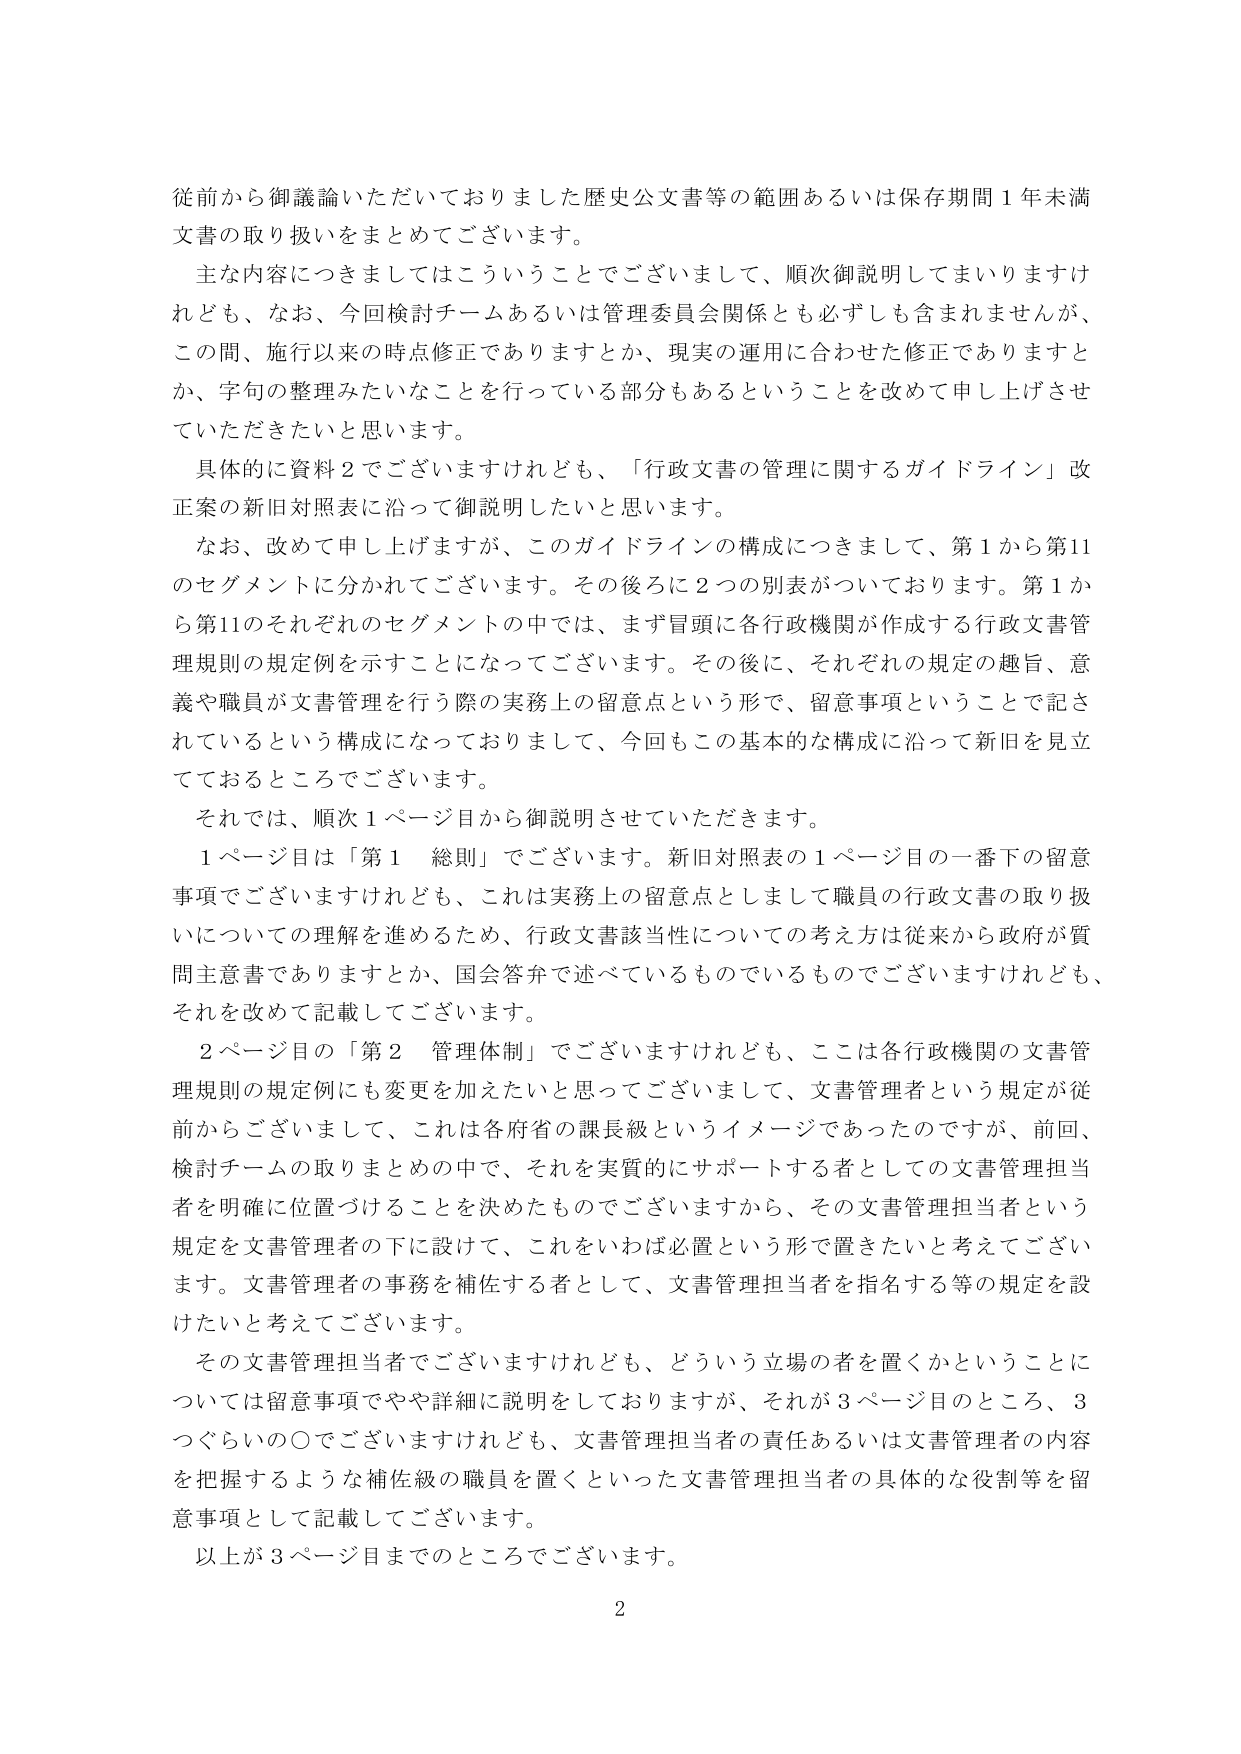
従前から御議論いただいておりました歴史公文書等の範囲あるいは保存期間１年未満文書の取り扱いをまとめてございます。

主な内容につきましてはこういうことでございまして、順次御説明してまいりますけれども、なお、今回検討チームあるいは管理委員会関係とも必ずしも含まれませんが、この間、施行以来の時点修正でありますとか、現実の運用に合わせた修正でありますとか、字句の整理みたいなことを行っている部分もあるということを改めて申し上げさせていただきたいと思います。

具体的に資料２でございますけれども、「行政文書の管理に関するガイドライン」改正案の新旧対照表に沿って御説明したいと思います。

なお、改めて申し上げますが、このガイドラインの構成につきまして、第１から第11のセグメントに分かれてございます。その後ろに２つの別表がついております。第１から第11のそれぞれのセグメントの中では、まず冒頭に各行政機関が作成する行政文書管理規則の規定例を示すことになってございます。その後に、それぞれの規定の趣旨、意義や職員が文書管理を行う際の実務上の留意点という形で、留意事項ということで記されているという構成になっておりまして、今回もこの基本的な構成に沿って新旧を見立てておるところでございます。

それでは、順次１ページ目から御説明させていただきます。

１ページ目は「第１ 総則」でございます。新旧対照表の１ページ目の一番下の留意事項でございますけれども、これは実務上の留意点としまして職員の行政文書の取り扱いについての理解を進めるため、行政文書該当性についての考え方は従来から政府が質問主意書でありますとか、国会答弁で述べているものでいるものでございますけれども、それを改めて記載してございます。

２ページ目の「第２ 管理体制」でございますけれども、ここは各行政機関の文書管理規則の規定例にも変更を加えたいと思ってございまして、文書管理者という規定が従前からございまして、これは各府省の課長級というイメージであったのですが、前回、検討チームの取りまとめの中で、それを実質的にサポートする者としての文書管理担当者を明確に位置づけることを決めたものでございますから、その文書管理担当者という規定を文書管理者の下に設けて、これをいわば必置という形で置きたいと考えております。文書管理者の事務を補佐する者として、文書管理担当者を指名する等の規定を設けたいと考えております。

その文書管理担当者でございますけれども、どういう立場の者を置くかということについては留意事項でやや詳細に説明しておりますが、それが３ページ目のところ、３つぐらいの〇でございますけれども、文書管理担当者の責任あるいは文書管理者の内容を把握するような補佐級の職員を置くといった文書管理担当者の具体的な役割等を留意事項として記載しております。

以上が３ページ目までのところでございます。

2